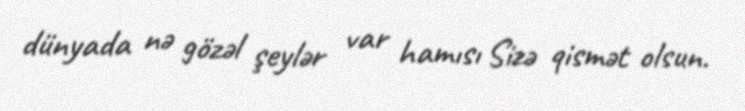
dünyada nə gözəl şeylər var hamısı Sizə qismət olsun.